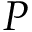
P